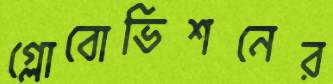
গ্লোবোভিশনের